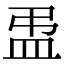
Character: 盄